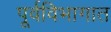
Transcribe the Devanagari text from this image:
पूर्वविभागात